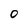
Character: O